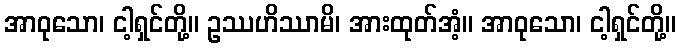
အာဝုသော၊ ငါ့ရှင်တို့။ ဥဿဟိဿာမိ၊ အားထုတ်အံ့။ အာဝုသော၊ ငါ့ရှင်တို့။